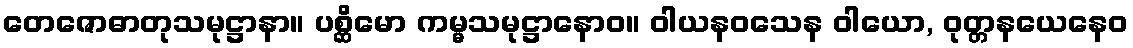
တေဇောဓာတုသမုဋ္ဌာနာ။ ပစ္ဆိမော ကမ္မသမုဋ္ဌာနောဝ။ ဝါယနဝသေန ဝါယော, ဝုတ္တနယေနေဝ